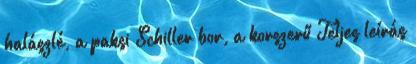
halászlé, a paksi Schiller bor, a korszerű Teljes leírás